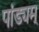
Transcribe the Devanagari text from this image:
पांड्यम्